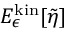
E _ { \epsilon } ^ { \mathrm { k i n } } [ \tilde { \eta } ]